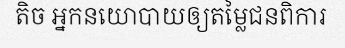
តិច អ្នកនយោបាយឲ្យតម្លៃជនពិការ